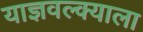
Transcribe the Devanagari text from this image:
याज्ञवल्क्याला